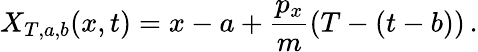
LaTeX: X_{T,a,b}(x,t)=x-a+\frac{p_{x}}{m}(T-(t-b))\, .